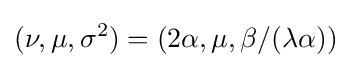
(\nu ,\mu ,\sigma ^{2})=(2\alpha ,\mu ,\beta /(\lambda \alpha ))